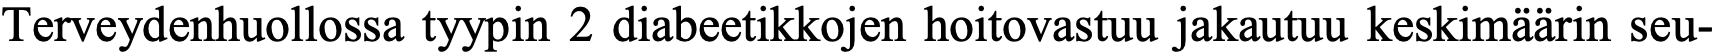
Terveydenhuollossa tyypin 2 diabeetikkojen hoitovastuu jakautuu keskimäärin seu-